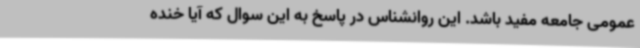
عمومی جامعه مفید باشد. این روانشناس در پاسخ به این سوال که آیا خنده